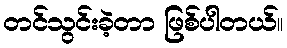
တင်သွင်းခဲ့တာ ဖြစ်ပါတယ်။